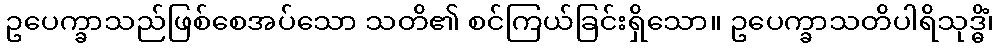
ဥပေက္ခာသည်ဖြစ်စေအပ်သော သတိ၏ စင်ကြယ်ခြင်းရှိသော။ ဥပေက္ခာသတိပါရိသုဒ္ဓိံ၊